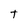
Character: T